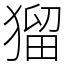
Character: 𤠑